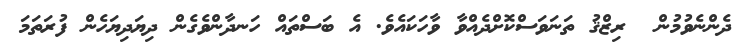
ދެންނެވުމުން  ރިޒްޤު ތަނަވަސްކޮށްދެއްވާ ވާހަކައެވެ. އެ ބަސްތައް ހަނދާންވެގެން ދިޔަދިޔަހެން ފުރަތަމަ